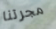
مجرتنا